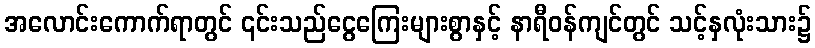
အလောင်းကောက်ရာတွင် ၎င်းသည်ငွေကြေးများစွာနှင့် နာရီဝန်ကျင်တွင် သင့်နှလုံးသား၌